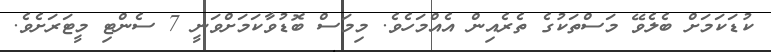
ކުޑަކަމަށް ބެލެވޭ މަސްތަކުގެ ތެރެއިން އެއްމަހެވެ. މިމަސް ބޮޑުވާކަމަށްވަނީ 7 ސެންޓި މީޓަރަށެވެ.